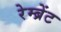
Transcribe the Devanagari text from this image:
रेम्ब्रेंट